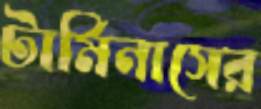
টার্মিনাসের